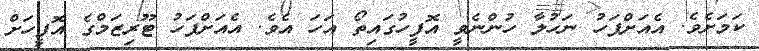
ކަމަށެވެ. އެއަށްފަހު ނަހުލާ ހުންނެވީ އޮފީހުގައިތޯ އަހަ އެވެ. އެއަށްފަހު ޓޫރިޒަމްގެ އޮފީހަށް